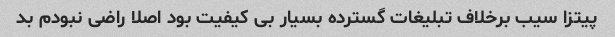
پیتزا سیب برخلاف تبلیغات گسترده بسیار بی کیفیت بود اصلا راضی نبودم بد